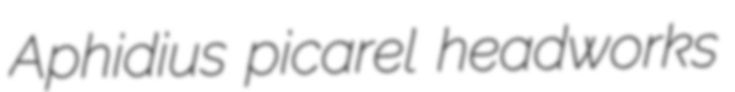
Aphidius picarel headworks